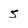
Character: 5